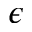
\epsilon